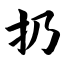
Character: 扔